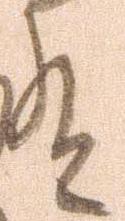
給